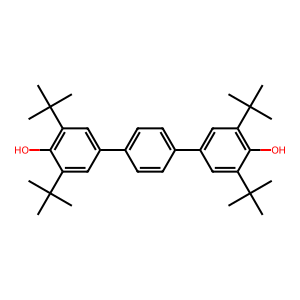
SMILES: CC(C)(C)c1cc(-c2ccc(-c3cc(C(C)(C)C)c(O)c(C(C)(C)C)c3)cc2)cc(C(C)(C)C)c1O
Inhibits HIV replication: No